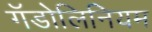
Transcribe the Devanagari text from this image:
गॅडोलिनियम